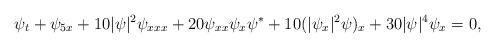
LaTeX: \begin{align*} \psi_{t}+\psi_{5x}+10|\psi|^2\psi_{xxx}+20\psi_{xx}\psi_x\psi^\ast+10(|\psi_x|^2\psi)_x+30|\psi|^4\psi_x=0,\end{align*}